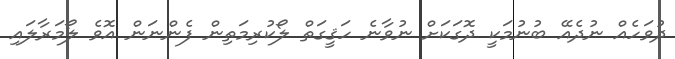
ދުވަހެއް ނުދެއޭ ބުނުމަކީ ދޮގަކަށް ނުވާނެ ހަޤީގަތް ލޯކުރިމަތިން ފެންނަން އޮވެ ލޯމަރާލައި